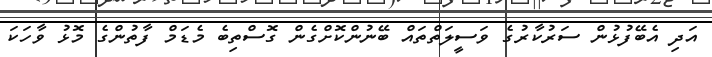
އަދި އެބޭފުޅުން ސަރުކާރުގެ ވަސީލަތްތައް ބޭނުންކޮށްގެން ގޮސްތިބެ މެޑަމް ފާތުންގެ މޮޅު ވާހަކަ